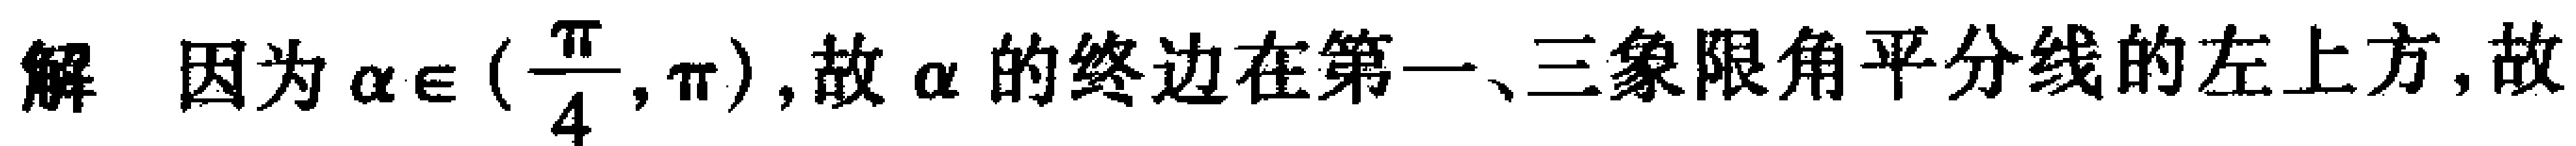
解 因为\(\alpha\in(\frac{\pi}{4},\pi)\),故\(\alpha\)的终边在第一、三象限角平分线的左上方,故